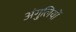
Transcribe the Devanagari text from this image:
अंगु्लियों